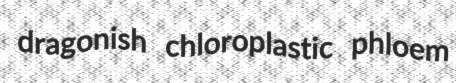
dragonish chloroplastic phloem